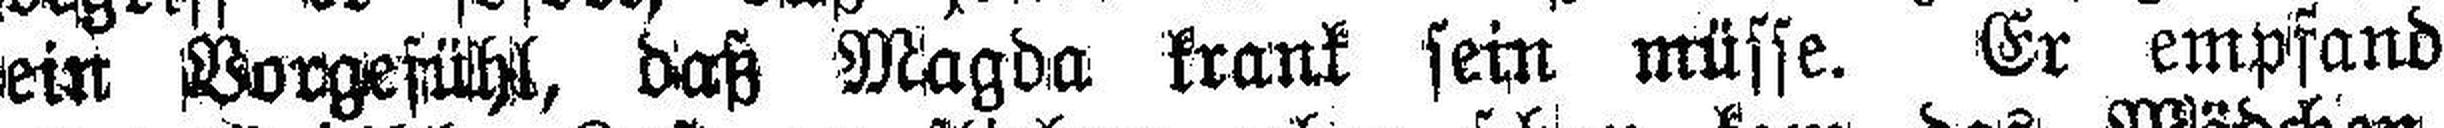
ein Vorgefühl, daß Magda krank sein müsse. Er empfand